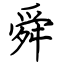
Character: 舜